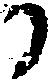
る